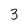
Character: 3